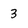
Character: 3